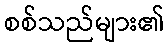
စစ်သည်များ၏